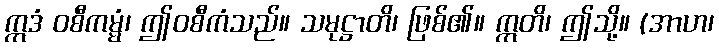
ဣဒံ ဝစီကမ္မံ၊ ဤဝစီကံသည်။ သမုဋ္ဌာတိ၊ ဖြစ်၏။ ဣတိ၊ ဤသို့။ (အာဟ၊